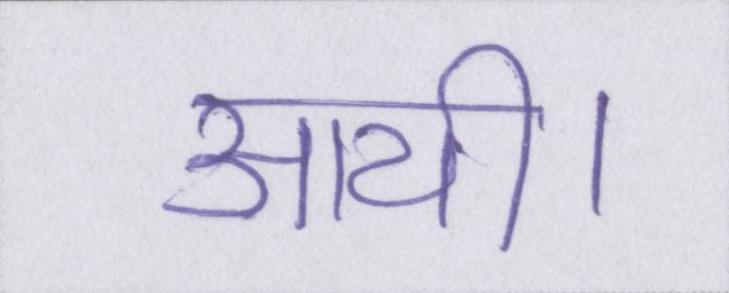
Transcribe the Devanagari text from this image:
आयी।